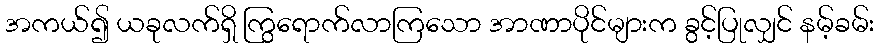
အကယ်၍ ယခုလက်ရှိ ကြွရောက်လာကြသော အာဏာပိုင်များက ခွင့်ပြုလျှင် နမ့်ခမ်း